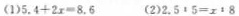
(1)$$5.4+2x=8.6$$ (2)$$2.5:5=x:8$$